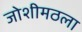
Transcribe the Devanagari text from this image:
जोशीमठला